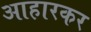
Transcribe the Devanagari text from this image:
आहारकर